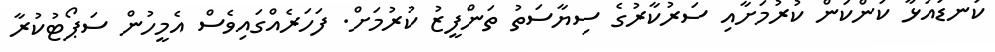
ކަނޑައަޅާ ކަންކަން ކުރުމަށާއި ސަރުކާރުގެ ސިޔާސަތު ތަންފީޒު ކުރުމަށް. ފަހަރެއްގައިވެސް އެމީހުން ސަޕޯޓުކުރާ